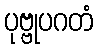
ပုဗ္ဗုပဂတံ